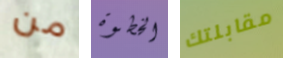
من الخطوة مقابلتك